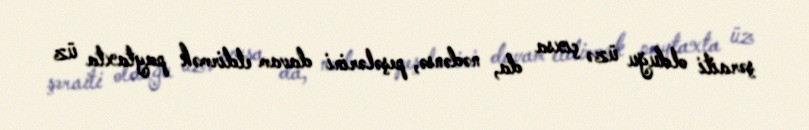
şəraiti olduğu üzə çıxsa da, nədənsə, peşələrini davam etdirmək paytaxta üz